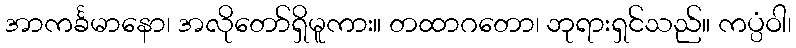
အာကင်္ခမာနော၊ အလိုတော်ရှိမူကား။ တထာဂတော၊ ဘုရားရှင်သည်။ ကပ္ပံဝါ၊